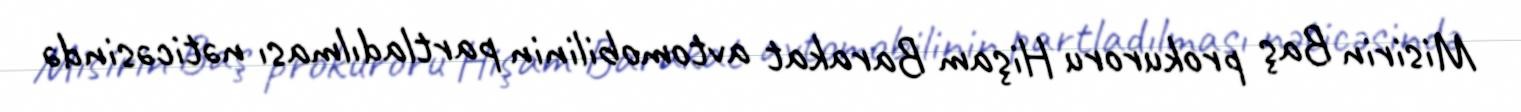
Misirin Baş prokuroru Hişam Barakat avtomobilinin partladılması nəticəsində